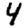
Digit: 4